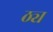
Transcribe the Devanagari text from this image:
ठ्य